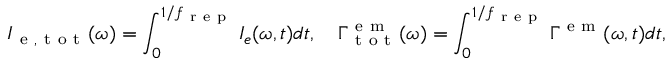
I _ { \mathrm { ~ e ~ , ~ t ~ o ~ t ~ } } ( \omega ) = \int _ { 0 } ^ { 1 / f _ { \mathrm { ~ r ~ e ~ p ~ } } } I _ { e } ( \omega , t ) d t , \quad \Gamma _ { \mathrm { ~ t ~ o ~ t ~ } } ^ { \mathrm { ~ e ~ m ~ } } ( \omega ) = \int _ { 0 } ^ { 1 / f _ { \mathrm { ~ r ~ e ~ p ~ } } } \Gamma ^ { \mathrm { ~ e ~ m ~ } } ( \omega , t ) d t ,